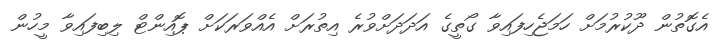
އެގޮތުން ދޫކުރުމަށް ހަމަޖެހިފައިވާ ގޯތީގެ އަދަދަށްވުރެ އިތުރަށް އެއްވަރަކަށް ޕޮއިންޓް ލިބިފައިވާ މީހުން